Insane asylums in Bengal annual reports 1876-1887 - 1876-1887
Year: 1876
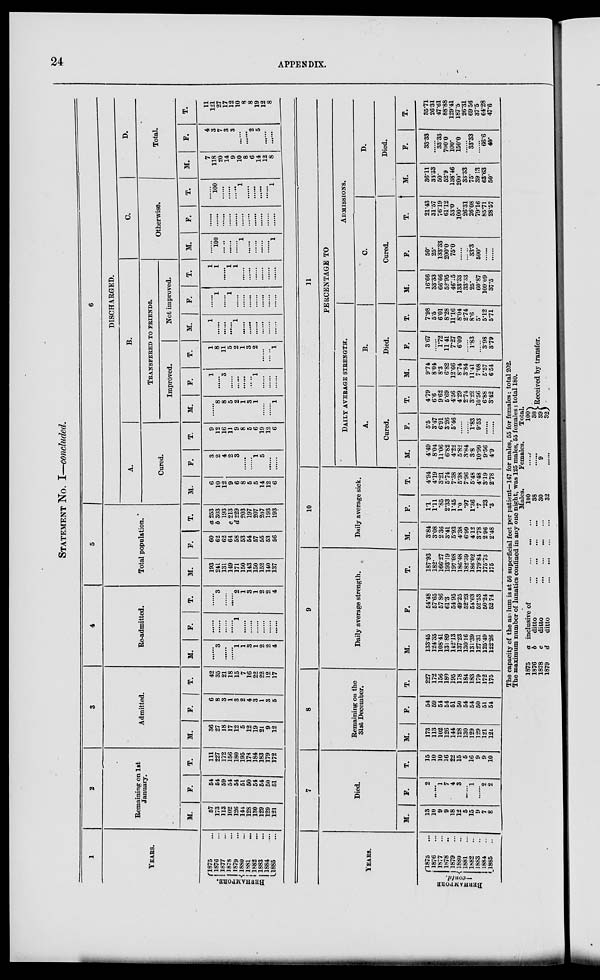
24
APPENDIX.
STATEMENT No.
I—concluded.
1
YEARS.
BE RHAMP ORE .
1875 ...
1876 ...
1877 ...
1878 ...
1879 ...
1880 ...
1881 ...
1882 ...
1883 ...
1884 ...
1885 ...
2
Remaining on 1st
January.
M.
57
173
113
102
126
144
128
130
129
129
121
F.
54
54
59
54
54
51
50
54
54
50
51
T.
111
227
172
156
180
195
178
184
183
179
172
3
Admitted.
M.
36
27
18
17
12
5
12
19
21
9
12
F.
6
8
3
1
3
2
4
3
1
3
5
T.
42
35
21
18
15
7
16
22
22
12
17
4
Re-admitted.
M.
......
3
......
......
1
1
3
1
2
2
4
F.
......
......
......
......
1
......
......
......
......
......
......
T.
......
3
......
......
2
1
3
1
2
2
4
5
Total population.
M.
193
241
131
149
171
150
143
150
152
140
137
F.
60
62
62
64
58
53
54
67
55
53
56
T.
a 253
b 303
193
c 213
d 229
203
197
207
207
193
193
6
DISCHARGED.
A.
Cured.
M.
6
10
12
9
6
8
5
5
14
12
6
F.
3
2
4
2
3
......
......
1
5
......
......
T.
9
12
16
11
9
8
5
6
19
12
6
B.
TRANSFERED TO FRIENDS.
Improved.
M.
......
8
8
5
2
1
3
1
......
......
1
F.
1
......
3
......
......
......
......
1
......
......
......
T.
1
8
11
5
2
1
3
2
......
......
1
Not improved.
M.
1
......
......
......
1
......
......
......
......
......
......
F.
......
1
......
1
......
......
......
......
......
......
......
T.
1
1
...... 1
1
......
......
......
......
......
......
C.
Otherwise.
M.
......
100
......
......
......
1
......
......
......
......
1
F.
......
......
......
......
......
......
......
......
......
......
......
T.
......
100
......
......
......
1
......
......
......
......
1
D.
Total.
M.
7
118
20
14
9
10
8
6
14
12
8
F.
4
3
7 3
3
......
2
5
......
......
T.
11
121
27
17
12
10
8
8
19
12
8
YEARS.
BERHAMPORE
—contd.
1875 ...
1876 ...
1877 ...
1878 ...
1879 ...
1880 ...
1881 ...
1882 ...
1883 ...
1884 ...
1885 ...
7
Died.
M.
13
10
9
9
18
12
5
15
9
7
8
F.
2
......
1
7
4
3
......
1
......
2
2
T.
15
10
10
16
22
15
5
16
9
9
10
8
Remaining on the
31st December.
M.
173
113
102
126
144
128
130
129
129
121
121
F.
54
59
54
54
51
50
54
54
50
51
54
T.
227
172
156
180
195
178
184
183
179
172
175
9
Daily average strength.
M.
133.45
124.35
108.41
131.89
142.13
137.23
130.16
131.39
127.31
125.49
122.26
F.
54.48
57.65
57.86
61.3
54.95
49.25
52.23
54.63
52.53
50.24
52.74
T.
187.93
182.
166.27
193.19
197.08
186.48
182.39
186.02
179.84
175.73
175
10
Daily average sick.
M.
3.84
3.08
2.36
3.41
5.93
4.38
6.99
4.12
3.78
2.96
2.48
F.
1.1
1.11
.85
2.33
1.45
1.0
.97
1.36
.7
.23
.3
T.
4.94
4.19
3.21
5.74
7.38
5.38
7.96
5.48
4.48
3.19
2.78
11
PERCENTAGE TO
DAILY
AVERAGE
STRENGHT.
A.
Cured.
M.
4.49
8.04
11.06
6.82
4.22
5.82
3.84
3.8
10.99
9.56
4.9
F.
5.5
3.47
6.91
3.26
5.46
......
......
1.83
9.53
......
......
T.
4.79
6.6
9.62
5.69
4.56
4.29
2.74
3.22
10.56
6.88
3.42
B.
Died.
M.
9.74
8.04
8.3
6.82
12.66
8.74
3.84
11.41
7.08
5.57
6.54
F.
3.67
......
1.72
11.41
7.27
6.09
......
1.83
......
3.98
3.79
T.
7.98
5.5
6.01
8.28
11.16
8.04
2.74
8.6
5.
5.12
5.71
ADMISSIONS.
C.
Cured.
M.
16.66
33.33
66.66
52.95
46.15
133.33
33 .33
25.
60.87
109. 09
37.5
F.
50.
25.
133.33
200.0
75.0
......
......
33.3
500.
......
......
T.
21.43
31.57
76.19
61.12
53.0
100.
26.31
26.08
79.16
85.71
28.57
D.
Died.
M.
36.11
33.33
50.
52.9
138.46
200.
33.33
75.
39.13
63.63
50.
F.
33.33
......
33.33
700.0
100.
150.0
......
38.33
......
66.6
40.
T.
35.71
26.31
47.61
88.88
129.41
187.5
26.31
69.56
37.5
64.28
47.6
The capacity of the asylum is at 50 superficial feet per patient—147 for males, 55 for females: total 202.
The maximum number of lunatics confined in any one night, was 125 males, 55 females: total 180.
1875
a
1876
b
1878
c
1879
d
inclusive of
...
...
...
...
ditto
...
...
...
...
ditto
...
...
...
...
ditto
...
...
...
...
Males.
100
38
30
32
Females.
......
......
9
......
Total.
100
38
39
32
Received by transfer.